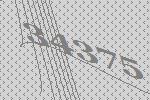
34375